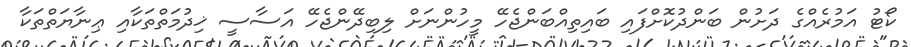
ކޯޓު އަމުރެއްގެ ދަށުން ބަންދުކޮށްފައި ބައިތިއްބަންޖެހޭ މީހުންނަށް ލިބިދޭންޖެހޭ އަސާސީ ޚިދުމަތްތަކާއި ޢިނާޔަތްތަކާ